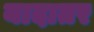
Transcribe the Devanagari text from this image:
यादातर